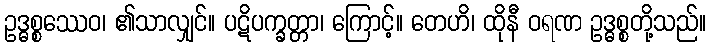
ဥဒ္ဓစ္စဿေဝ၊ ၏သာလျှင်။ ပဋိပက္ခတ္တာ၊ ကြောင့်။ တေဟိ၊ ထိုနီ ဝရဏ ဥဒ္ဓစ္စတို့သည်။